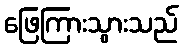
ဖြေကြားသွားသည်